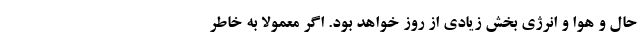
حال و هوا و انرژی بخش زیادی از روز خواهد بود. اگر معمولا به خاطر